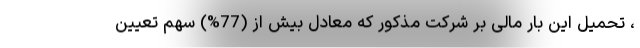
، تحمیل این بار مالی بر شرکت مذکور که معادل بیش از (77%) سهم تعیین